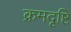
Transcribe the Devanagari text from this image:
क्रमदृष्टि